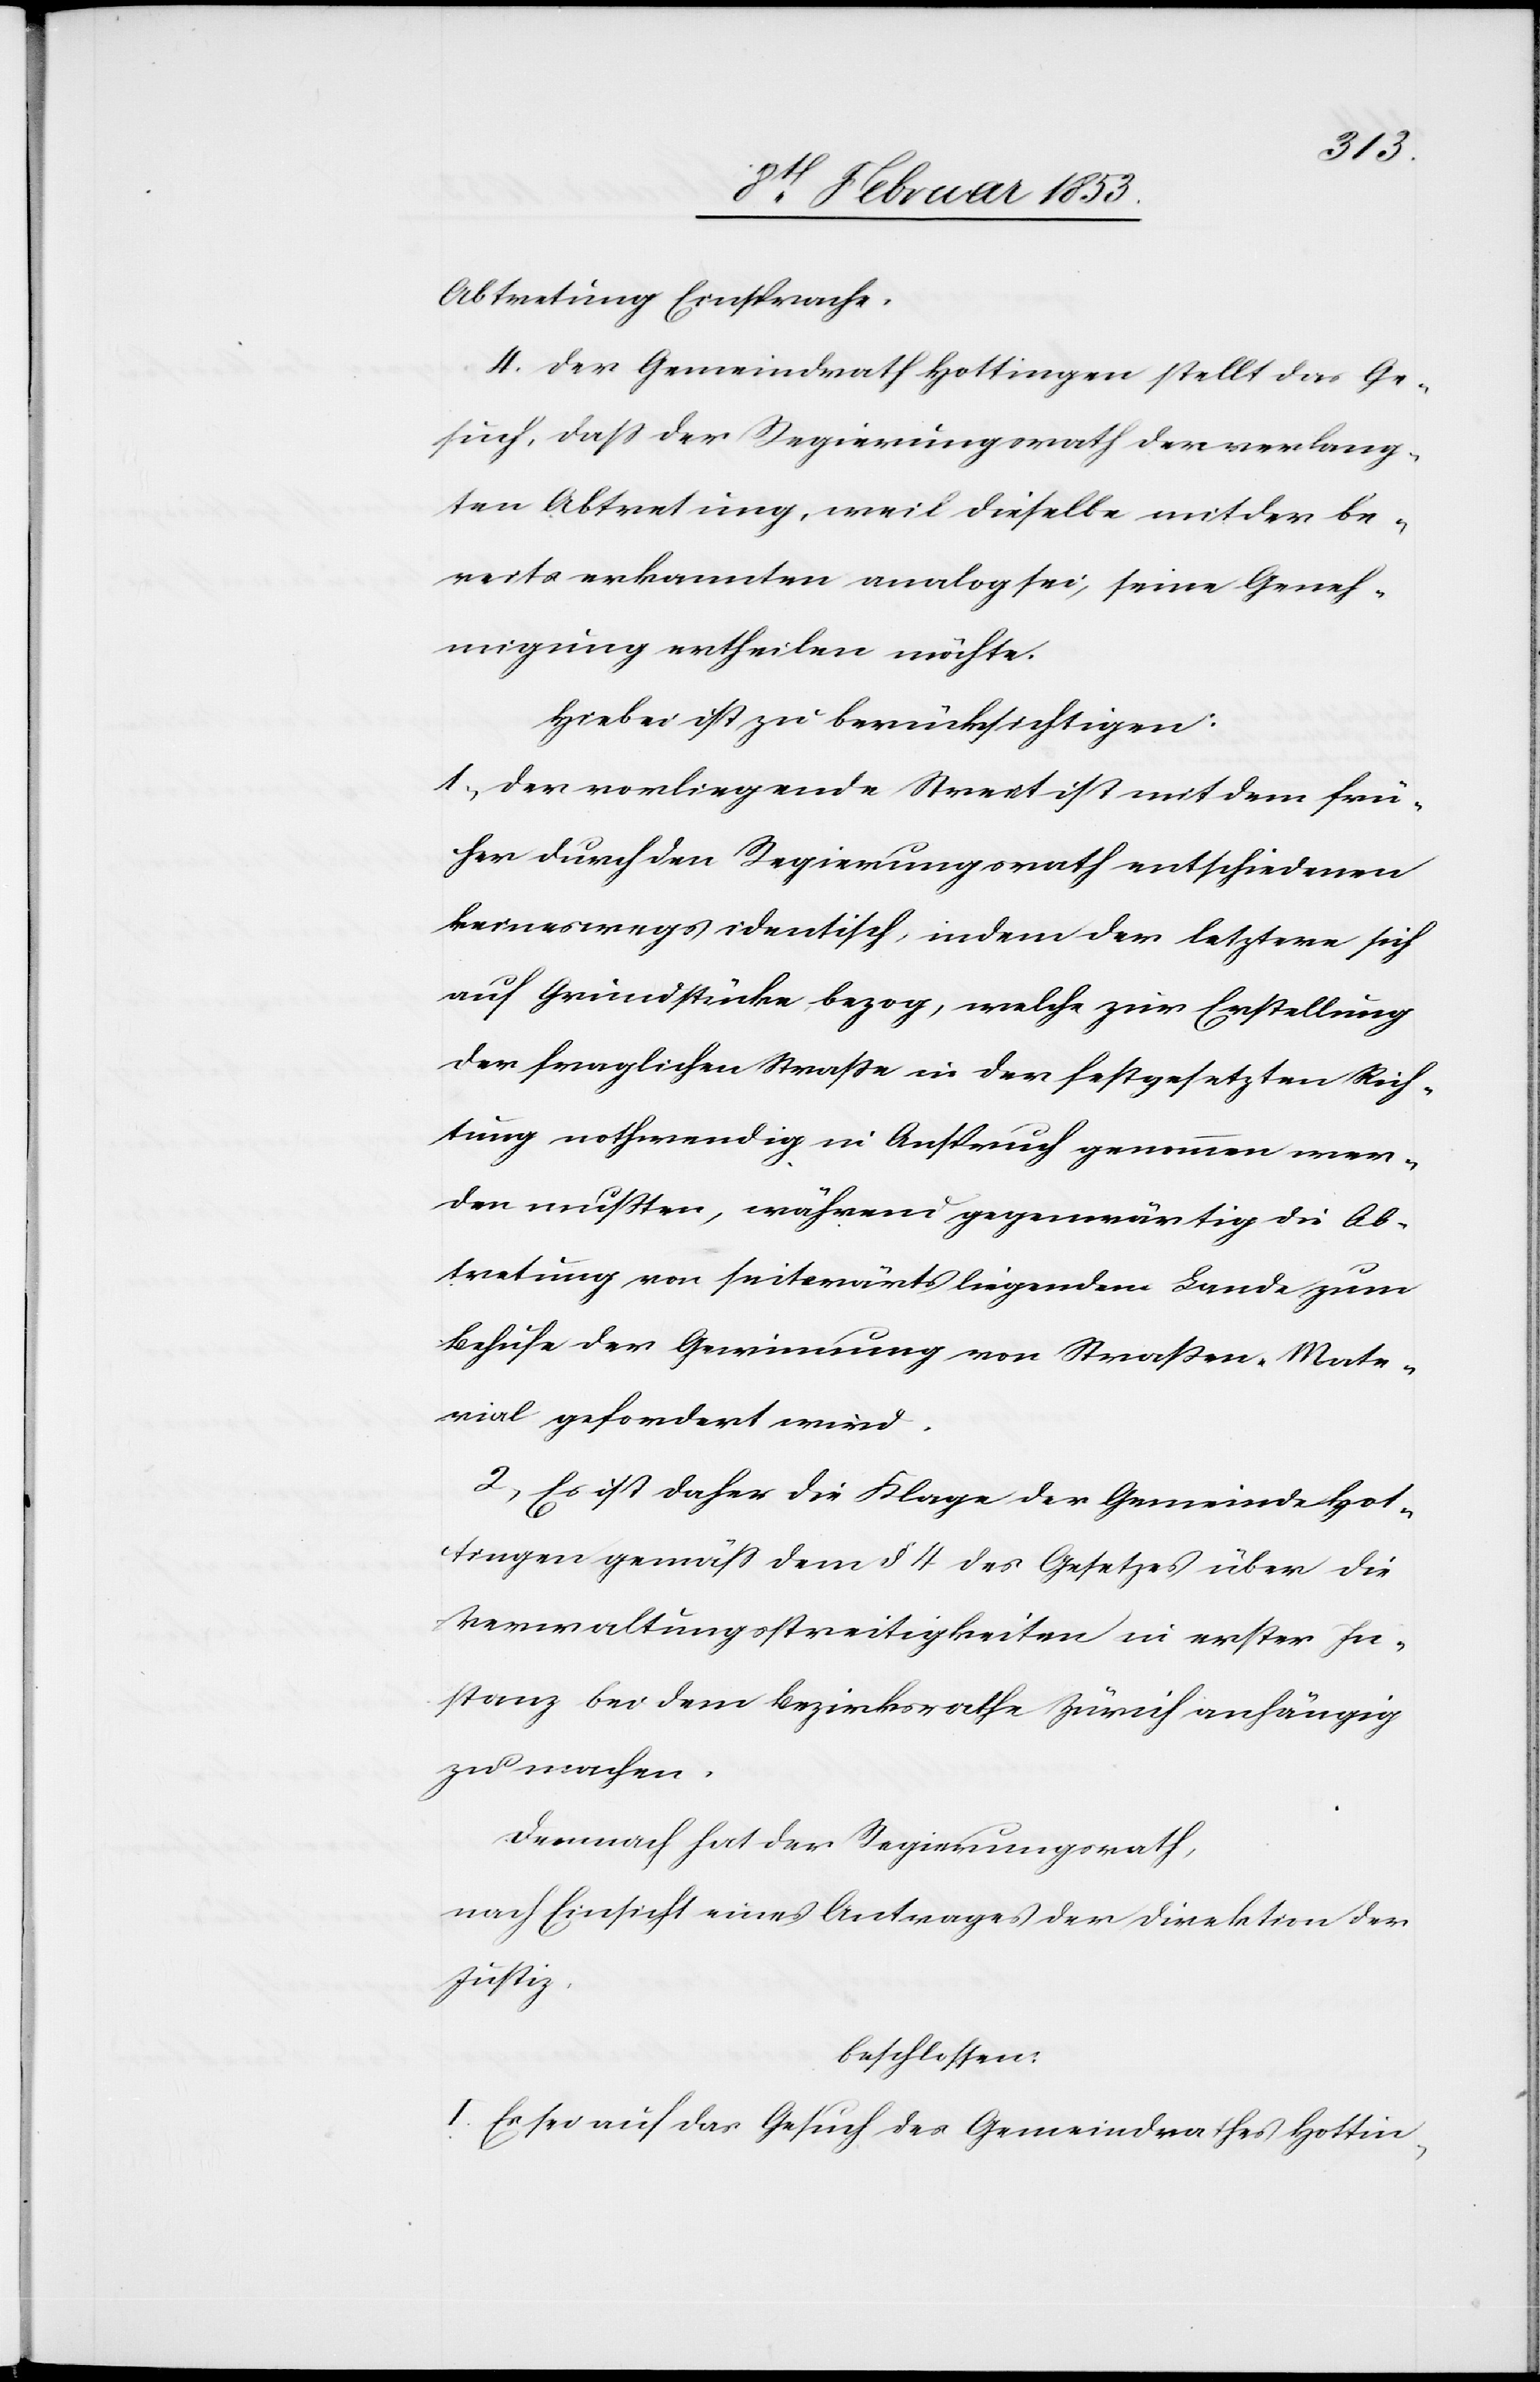
Abtretung Einspruch.
4. Der vorliegende Streit ist mit dem frü¬
her durch den Regierungsrath entschiedenen
keineswegs identisch, indem der letztere sich
auf Grundstücke, bezog, welche zur Erstellung
der fraglichen Straße in der festgesetzten Rich¬
tung nothwendig in Anspruch genommen wer¬
den müssten, während gegenwärtig die Ab¬
tretung von seitwärts liegendem Lande zum
Behufe der Gewinnung von Straßen-Mate¬
rial gefordert wird.
2, Es ist daher die Klage der Gemeinde Hot¬
tingen gemäß dem § 4 des Gesetzes über die
Verwaltungsstreitigkeiten in erster In¬
stanz bei dem Bezirksrathe Zürich anhängig
zu machen.
Demnach hat der Regierungsrath
nach Einsicht eines Antrages der Direktion der
Justiz,
beschlossen:
I. Es sei auf das Gesuch des Gemeindrathes Hottin-